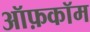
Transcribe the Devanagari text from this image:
ऑफ़कॉम